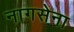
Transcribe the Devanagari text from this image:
नागसेना